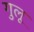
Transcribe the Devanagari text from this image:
गुलू